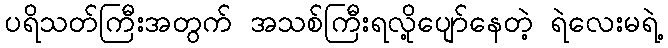
ပရိသတ်ကြီးအတွက် အသစ်ကြီးရလို့ပျော်နေတဲ့ ရဲလေးမရဲ့